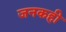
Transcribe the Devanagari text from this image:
जनकही